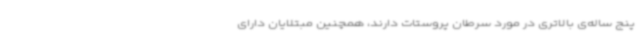
پنج ساله‌ی بالاتری در مورد سرطان پروستات دارند، همچنین مبتلایان دارای